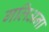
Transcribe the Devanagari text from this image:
गलिअना